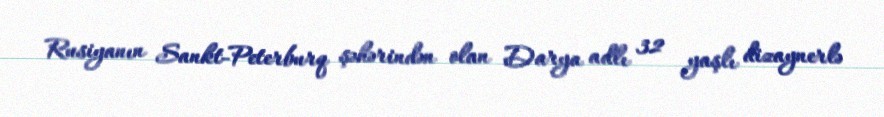
Rusiyanın Sankt-Peterburq şəhərindən olan Darya adlı 32 yaşlı dizaynerlə